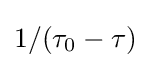
1/(\tau _{0}-\tau )